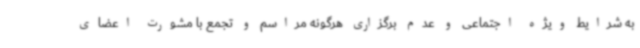
به شرایط ویژه اجتماعی و عدم برگزاری هرگونه مراسم و تجمع با مشورت اعضای